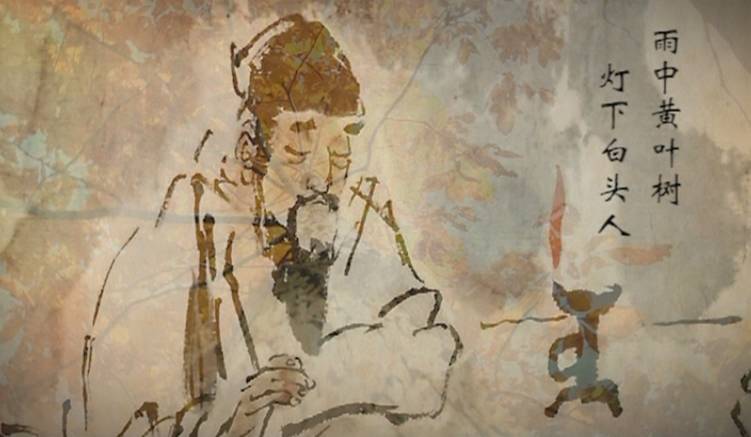
雨中黄叶树，灯下白头人。